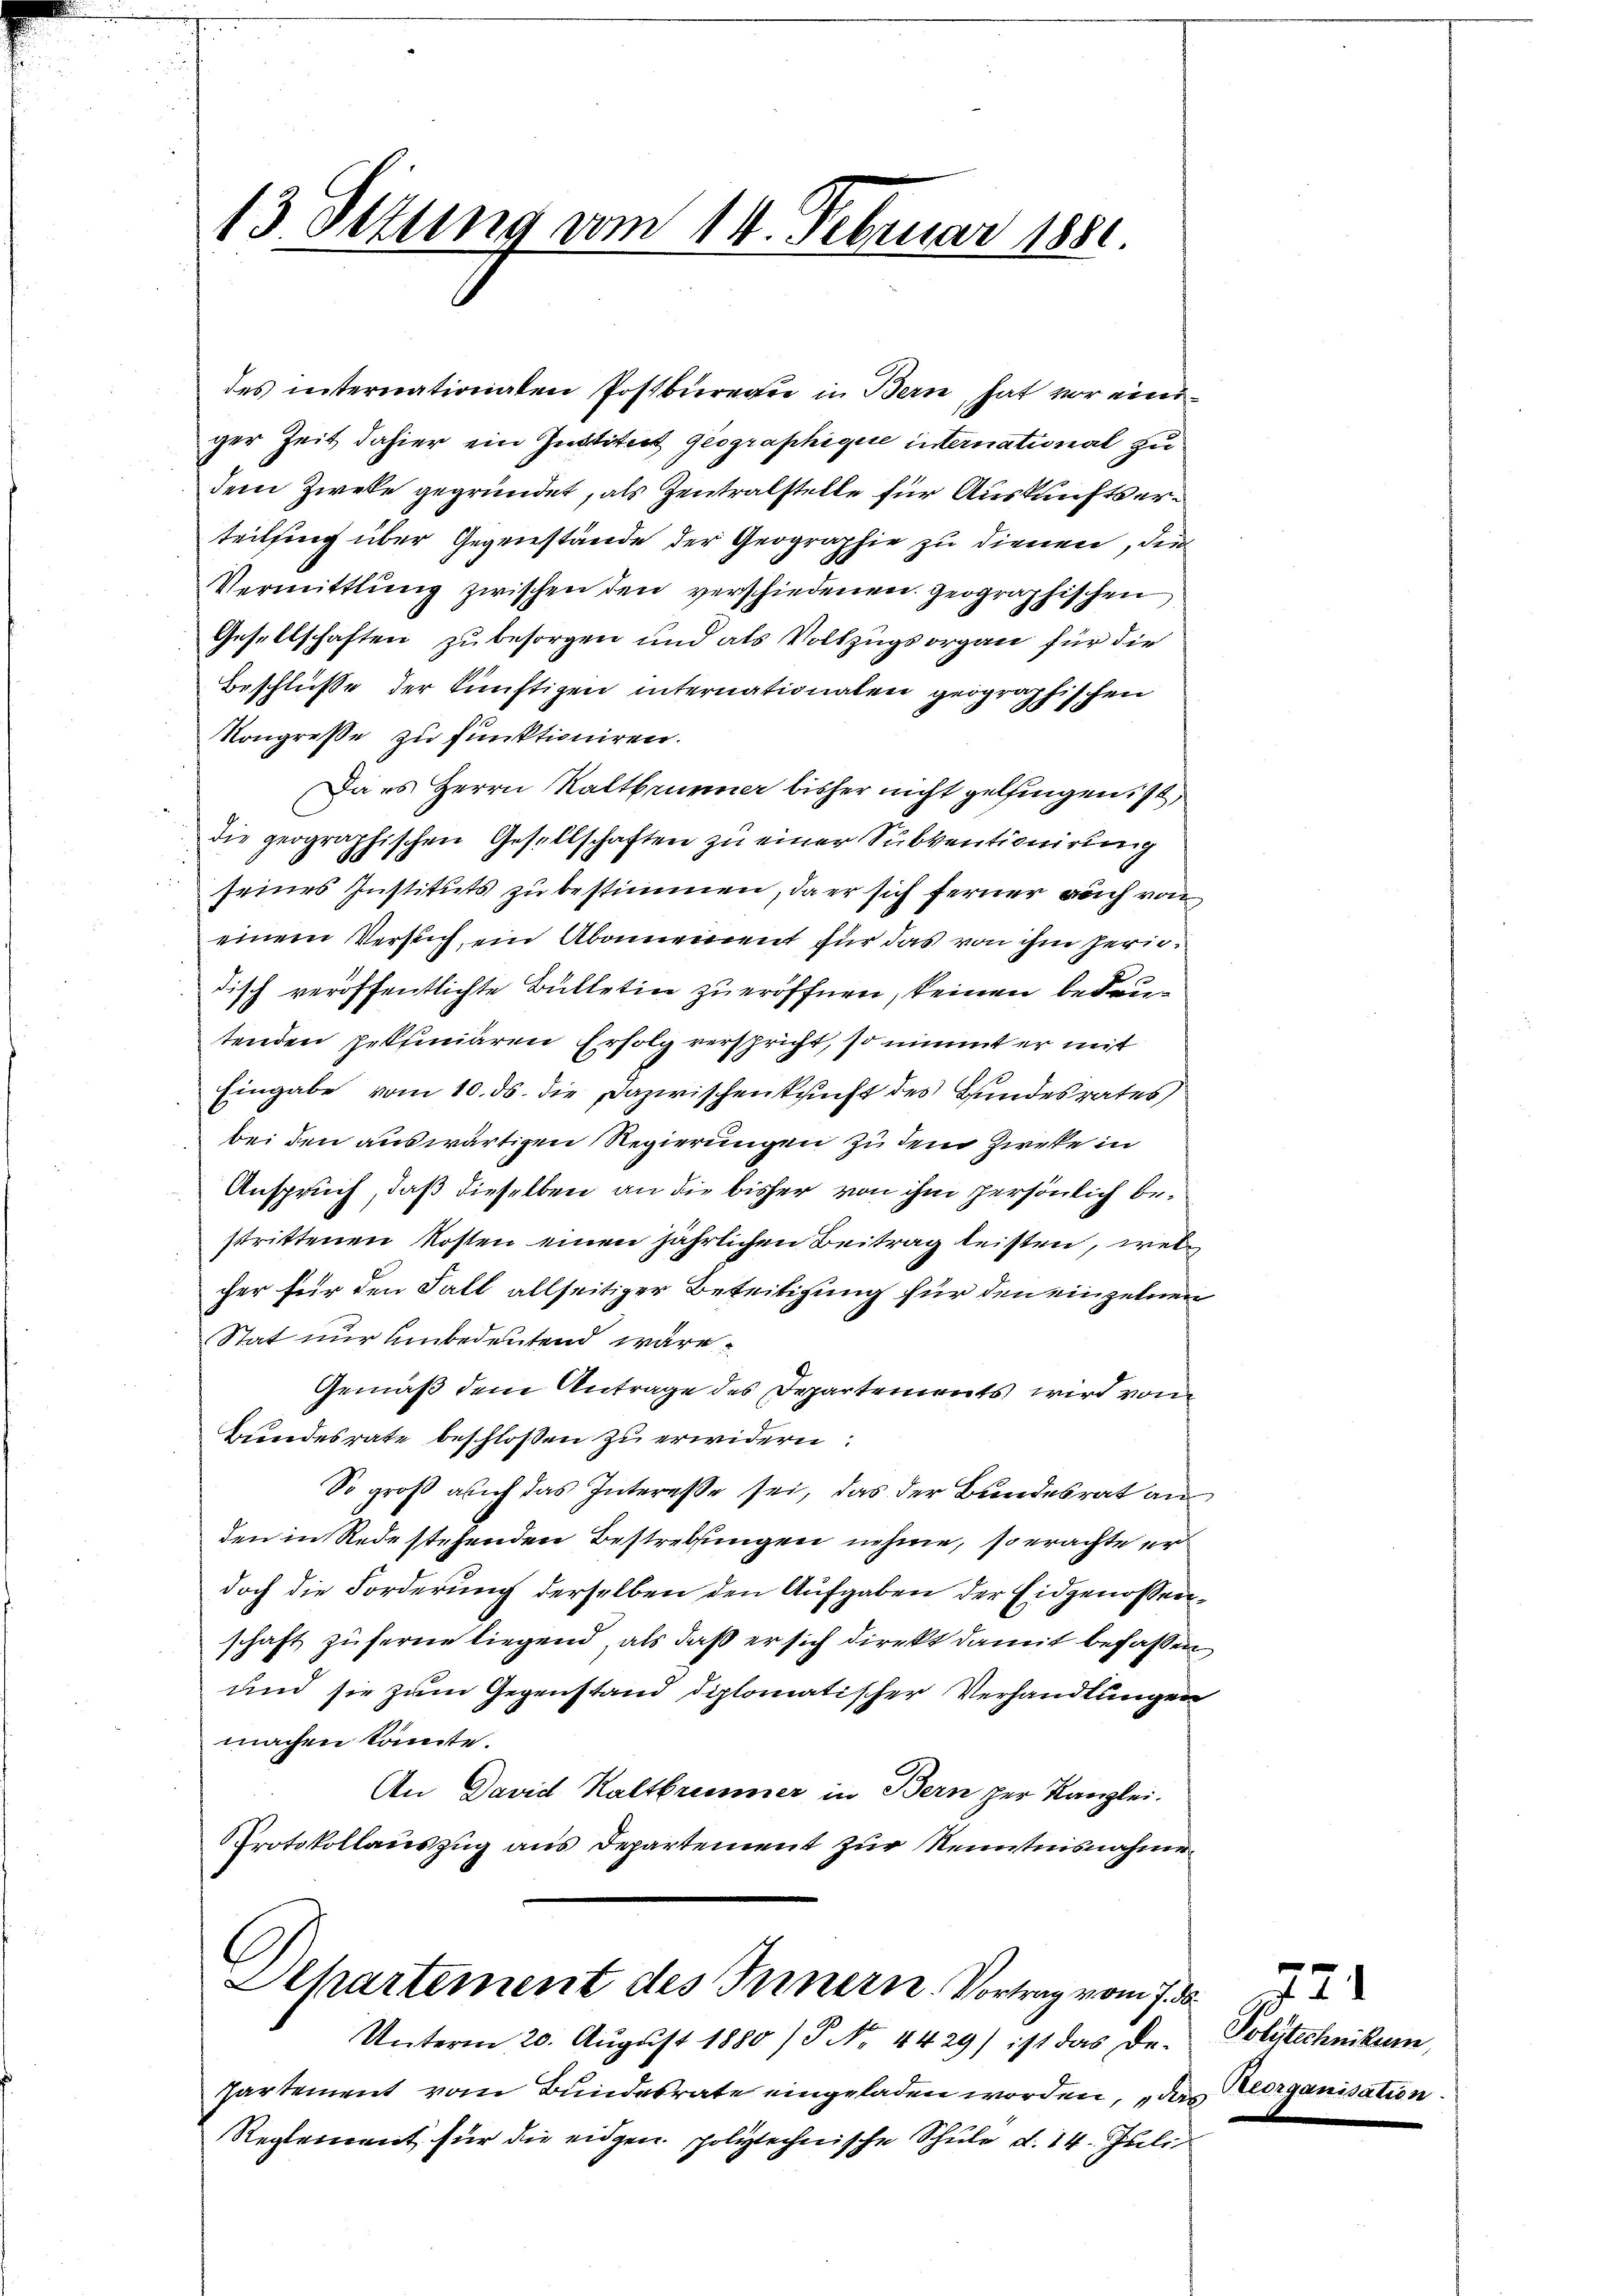
13. Dezung vom 14. Februar 1881.

ger Zeit dahier ein Justitut geographique international zu
dem Zwecke gegründet, als Zentralstelle für Auskunftserteilsing über Gegenstände der Geographie zu dienen, den
Vermittlung zwischen den verschiedenen geographischen
Gesellschaften zu besorgen und als Vollzugsorgan für die
Beschluße der künftigen internationalen geographischen
Kongresse zu funktioniren.
Da es Herrn Kaltbrunner bisher nicht gelfingen ist,
die geographischen Gesellschaften zu einer Subventionirung
seines Instituts zu bestimmen, da er sich ferner auch von
einem Versuch, ein Abonnement für das von ihm perindisch veröffentlichte Bulletin zu eröffnen, keinen bedeutenden gekliniaren Erfolg verspricht, so nimmt er mit
Eingabe vom 10. ds. die Dazwischenkunft des Hundesrates
bei den auswärtigen Regierungen zu dem Zweke in
Anspruch, daß dieselben an die bisher von ihm persönlich bestrittenen Kosten einen jährlichen Beitrag leisten, welcher für den Fall allseitiger Beseitigung für den einzelnen
Stat nur unbedeutend wäre.
Gemäß dem Antrage des Departements wird vom
Bundesrate beschloßen zu erwidern:
So groß auch das Interesse sei, das der Bundesrat an
den in Rede stehenden Bestrebungen nehme, so erachte er
doch die Forderung derselben den Aufgaben der Eidgenossenschaft zuferne liegend, als daß er sich direkt damit befassen,
und sie zum Gegenstand diplomatischer Verhandlungen
machen könnte.
An David Kaltbrunner in Bern per Kanzlei.
Protokollauszug aus Departement zur Kenntnisnahme

des internationaten Postbureger in Bern, hat vor eini¬

Ahartement des Innern. Vortrag vom 7. ds.
Unterm 20. Aŭgŭst 1880) P. Nr. 4429) ist das De-

Partement vom Bundesrate eingeladen worden, „das Georganisation.
Reglement für die eidgen. polytechnische Schule d. 14. Juli

72.
Polytechnikum